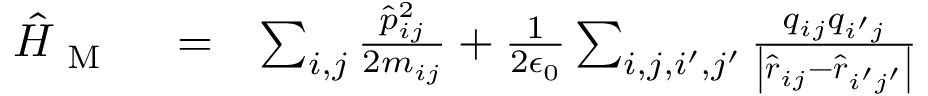
\begin{array} { r l r } { \hat { H } _ { \mathrm { ~ M ~ } } } & { { } = } & { \sum _ { i , j } \frac { \hat { p } _ { i j } ^ { 2 } } { 2 m _ { i j } } + \frac { 1 } { 2 \epsilon _ { 0 } } \sum _ { i , j , i ^ { \prime } , j ^ { \prime } } \frac { q _ { i j } q _ { i ^ { \prime } j } } { \left| \hat { \boldsymbol r } _ { i j } - \hat { \boldsymbol r } _ { i ^ { \prime } j ^ { \prime } } \right| } } \end{array}